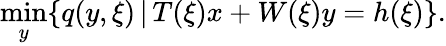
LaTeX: \operatorname*{min}_{y}\{ q(y,\xi)\, |\, T(\xi)x+W(\xi)y=h(\xi)\} .